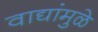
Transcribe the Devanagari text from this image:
वाद्यांमुळे